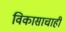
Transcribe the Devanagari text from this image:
विकासाचाही